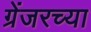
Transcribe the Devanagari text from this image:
ग्रेंजरच्या